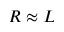
R \approx L